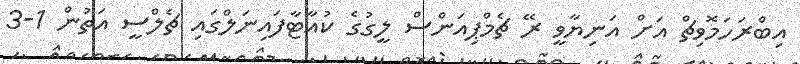
އިބްރަހަމޮވިޗް އަށް އަނިޔާވީ ރޭ ޗެމްޕިއަންސް ލީގުގެ ކުއާޓާފައިނަލްގައި ޗެލްސީ އަތުން 1-3